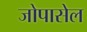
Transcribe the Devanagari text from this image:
जोपासेल